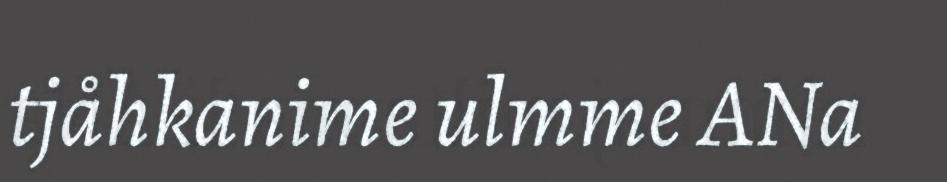
tjåhkanime ulmme ANa